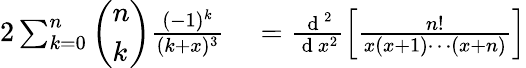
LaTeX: \begin{array}{rl}{2\sum_{k=0}^{n}\left(\begin{array}{l}{n}\\ {k}\end{array}\right)\frac{(-1)^{k}}{(k+x)^{3}}}&{{}=\frac{\mathrm{~d~}^{2}}{\mathrm{~d~}x^{2}}\left[\frac{n!}{x(x+1)\cdots(x+n)}\right]}\end{array}